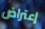
إعتراض